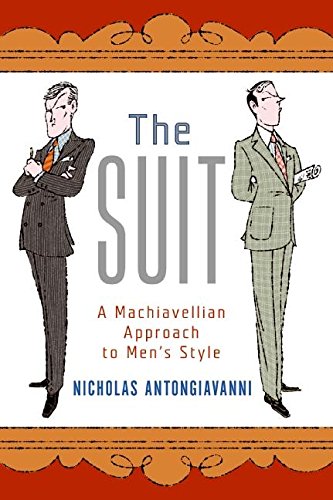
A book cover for The Suit: A Machiavellian Approach to Men's Style; Nicholas Antongiavanni; Humor & Entertainment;